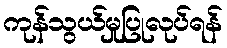
ကုန်သွယ်မှုပြုလုပ်ရန်